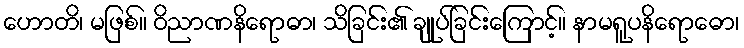
ဟောတိ၊ မဖြစ်။ ဝိညာဏနိရောဓာ၊ သိခြင်း၏ ချုပ်ခြင်းကြောင့်။ နာမရူပနိရောဓော၊